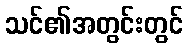
သင်၏အတွင်းတွင်